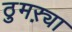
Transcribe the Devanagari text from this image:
ठुमऱ्या